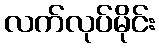
လက်လုပ်မိုင်း